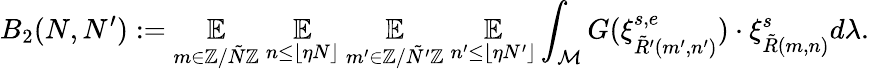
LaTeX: B_{2}(N,N^{\prime}):=\underset{m\in\mathbb{Z}/\tilde{N}\mathbb{Z}}{\mathbb{E}}~\underset{n\leq\lfloor\eta N\rfloor}{\mathbb{E}}~\underset{m^{\prime}\in\mathbb{Z}/\tilde{N^{\prime}}\mathbb{Z}}{\mathbb{E}}~\underset{n^{\prime}\leq\lfloor\eta N^{\prime}\rfloor}{\mathbb{E}}\int_{\mathcal{M}}G(\xi_{\tilde{R}^{\prime}(m^{\prime},n^{\prime})}^{s,e})\cdot\xi_{\tilde{R}(m,n)}^{s}d\lambda.